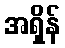
အရှိန်